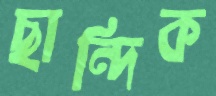
ছান্দিক